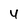
Character: 4